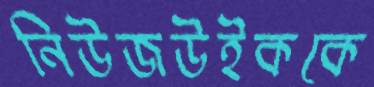
নিউজউইককে